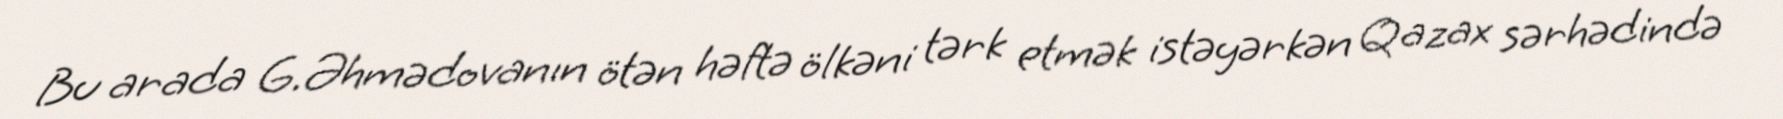
Bu arada G.Əhmədovanın ötən həftə ölkəni tərk etmək istəyərkən Qazax sərhədində